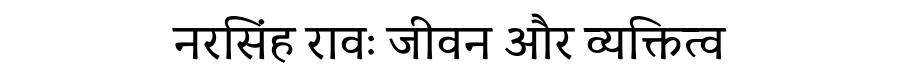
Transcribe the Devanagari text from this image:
नरसिंह रावः जीवन और व्यक्तित्व